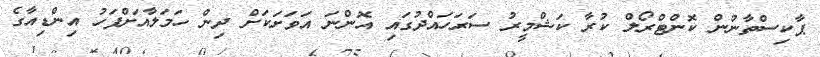
ޕާކިސްތާނުން ކޮންޓްރޯލް ކުރާ ކަޝްމީރު ސަރަހައްދުގައި އޮންނަ އަވަށަކަށް ދިން ހަމަލާއަށްފަހު އިންޑިއާގެ